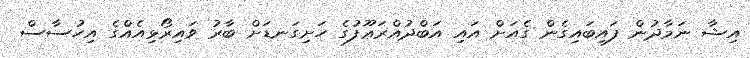
އިޝާ ނަމާދުން ފައިބައިގެން ގެއަށް އައި އަބްދުއްރަޢޫފުގެ ހަށިގަނޑަށް ބާރު ވައިރޯޅިއެއްގެ އިހުސާސް